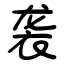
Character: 袭